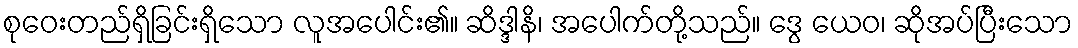
စုဝေးတည်ရှိခြင်းရှိသော လူအပေါင်း၏။ ဆိဒ္ဒါနိ၊ အပေါက်တို့သည်။ ဒွေ ယေဝ၊ ဆိုအပ်ပြီးသော